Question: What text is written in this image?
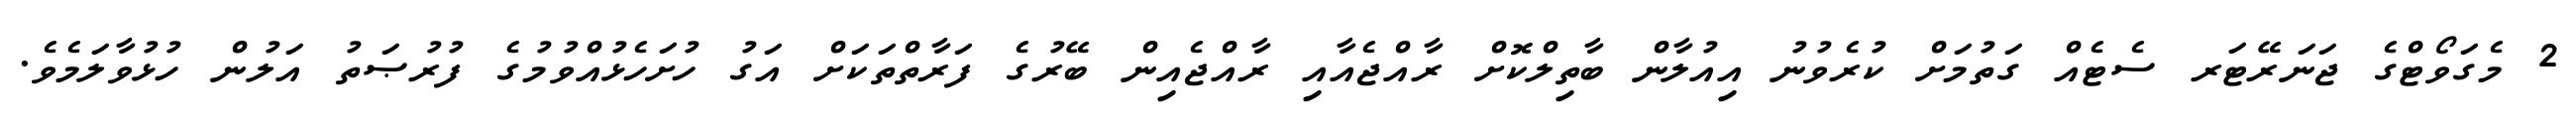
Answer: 2 މެގަވޯޓްގެ ޖަނަރޭޓަރ ސެޓެއް ގަތުމަށް ކުރެވުނު އިއުލާން ބާތިލްކޮށް ރާއްޖެއާއި ރާއްޖެއިން ބޭރުގެ ފަރާތްތަކަށް އަގު ހުށަހެޅުއްވުމުގެ ފުރުޞަތު އަލުން ހުޅުވާލަމެވެ.